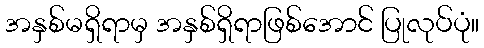
အနှစ်မရှိရာမှ အနှစ်ရှိရာဖြစ်အောင် ပြုလုပ်ပုံ။